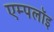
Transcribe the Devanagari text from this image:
एम्पलॉइ